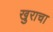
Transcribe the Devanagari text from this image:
खुराचा